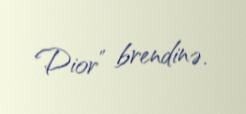
Dior” brendinə.